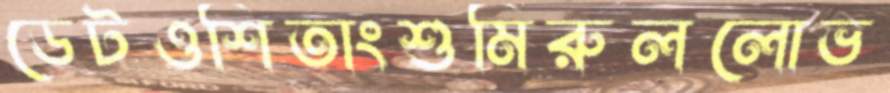
ডেটওশিতাংশুমিরুললোভ